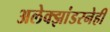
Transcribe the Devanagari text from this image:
अलेक्झांडरनेही